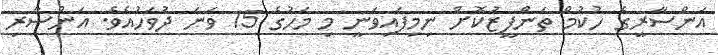
އަންސާރީގެ ހުކުމް ތަންފީޒުކޮށް ނިމިފައިވަނީ މި މަހުގެ 15 ވަނަ ދުވަހުއެވެ. އަންސާރި